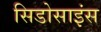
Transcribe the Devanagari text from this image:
सिडोसाइंस